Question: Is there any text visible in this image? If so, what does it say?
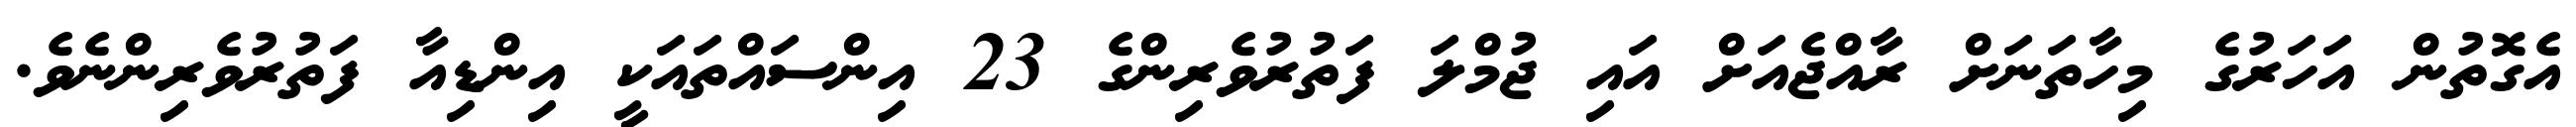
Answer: އެގޮތުން އަހަރުގެ މިހާތަނަށް ރާއްޖެއަށް އައި ޖުމްލަ ފަތުރުވެރިންގެ 23 އިންސައްތައަކީ އިންޑިއާ ފަތުރުވެރިންނެވެ.